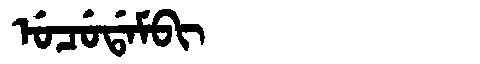
Manchu: ᡠᠴᡠᡩᠠᠮᠪᡳ
Romanization: UCUDAMBI